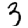
Digit: 3